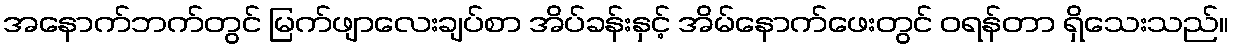
အနောက်ဘက်တွင် မြက်ဖျာလေးချပ်စာ အိပ်ခန်းနှင့် အိမ်နောက်ဖေးတွင် ဝရန်တာ ရှိသေးသည်။